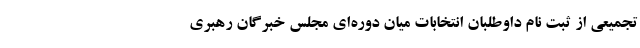
تجمیعی از ثبت نام داوطلبان انتخابات میان دوره‌ای مجلس خبرگان رهبری